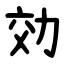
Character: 効